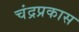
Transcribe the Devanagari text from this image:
चंद्रप्रकास